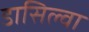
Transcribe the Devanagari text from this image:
डासिल्वा